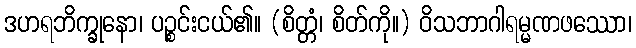
ဒဟရဘိက္ခုနော၊ ပဉ္စင်းငယ်၏။ (စိတ္တံ၊ စိတ်ကို။) ဝိသဘာဂါရမ္မဏဖဿော၊